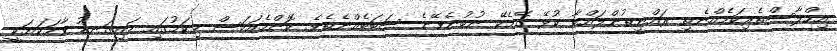
އިހްލާސްތެރިކަމެއްނެތި ރައްޔިތުންލައްވާ ކުޅޭ ގޭމެކޭ ނުބުނެވޭނެ ސަބަބެއްނެތެވެ. ކޮންމެއަކަސް މިކަމުގައި މައިގަނޑު ވާހަކަޔަކީ